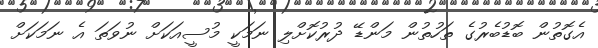
އެގޮތުން ބޮޑުބެރުގެ ތަހުތުން މަންޑޭ ދުރުކޮށްލި ނަމަކީ މުސީއަކަށް ނުވަތަ އެ ނަމަކަށް